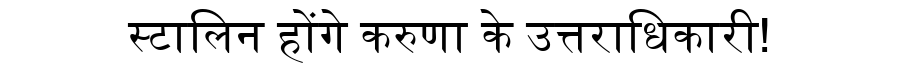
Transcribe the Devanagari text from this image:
स्टालिन होंगे करुणा के उत्तराधिकारी!